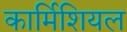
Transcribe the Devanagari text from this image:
कार्मिशियल